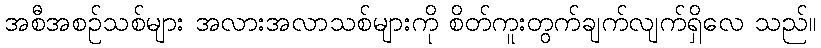
အစီအစဉ်သစ်များ အလားအလာသစ်များကို စိတ်ကူးတွက်ချက်လျက်ရှိလေ သည်။